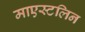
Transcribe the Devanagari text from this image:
माएस्टलिन